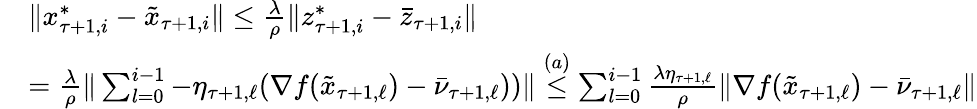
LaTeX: \begin{array}{rl}&{\| x_{\tau+1,i}^{*}-\tilde{x}_{\tau+1,i}\| \leq\frac{\lambda}{\rho}\| z_{\tau+1,i}^{*}-\bar{z}_{\tau+1,i}\| }\\ &{=\frac{\lambda}{\rho}\| \sum_{l=0}^{i-1}-\eta_{\tau+1,\ell}(\nabla f(\tilde{x}_{\tau+1,\ell})-\bar{\nu}_{\tau+1,\ell}))\| \overset{(a)}{\leq}\sum_{l=0}^{i-1}\frac{\lambda\eta_{\tau+1,\ell}}{\rho}\| \nabla f(\tilde{x}_{\tau+1,\ell})-\bar{\nu}_{\tau+1,\ell}\| }\end{array}